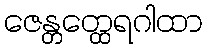
ဇေန္တတ္ထေရဂါထာ